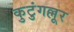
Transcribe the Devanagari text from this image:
कुटुंगल्लूर